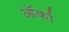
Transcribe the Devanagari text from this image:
ऑर्का